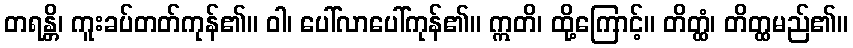
တရန္တိ၊ ကူးခပ်တတ်ကုန်၏။ ဝါ၊ ပေါ်လာပေါ်ကုန်၏။ ဣတိ၊ ထို့ကြောင့်။ တိတ္ထံ၊ တိတ္ထမည်၏။